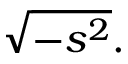
{ \sqrt { - s ^ { 2 } } } .